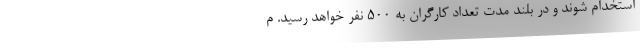
استخدام شوند و در بلند مدت تعداد کارگران به ۵۰۰ نفر خواهد رسید. م